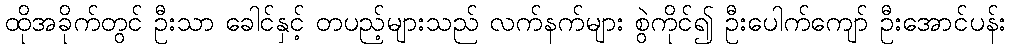
ထိုအခိုက်တွင် ဦးသာ ခေါင်နှင့် တပည့်များသည် လက်နက်များ စွဲကိုင်၍ ဦးပေါက်ကျော် ဦးအောင်ပန်း